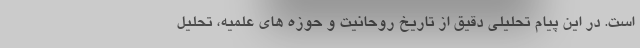
است. در این پیام تحلیلی دقیق از تاریخ روحانیت و حوزه های علمیه، تحلیل